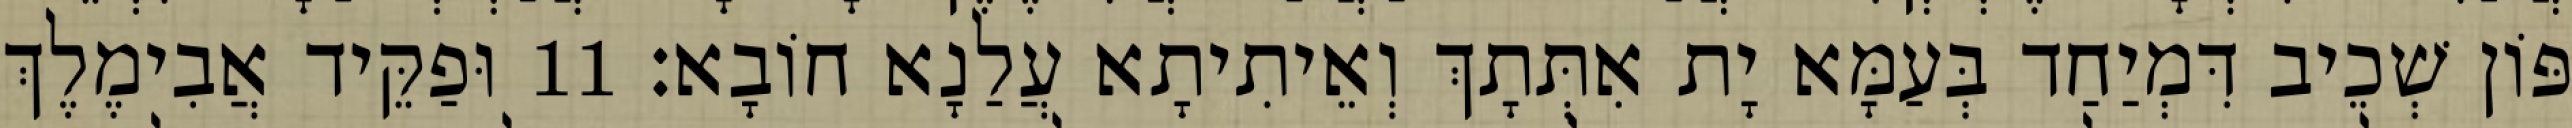
פּוֹן שְׁכֵיב דִּמְיַחַד בְּעַמָּא יָת אִתְּתָךְ וְאֵיתִיתָא עֲלַנָא חוֹבָא׃ 11 וּפַקֵּיד אֲבִימֶלֶךְ